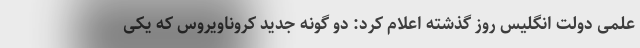
علمی دولت انگلیس روز گذشته اعلام کرد: دو گونه جدید کروناویروس که یکی